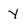
Character: Y